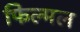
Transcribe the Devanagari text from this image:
फिल्मल